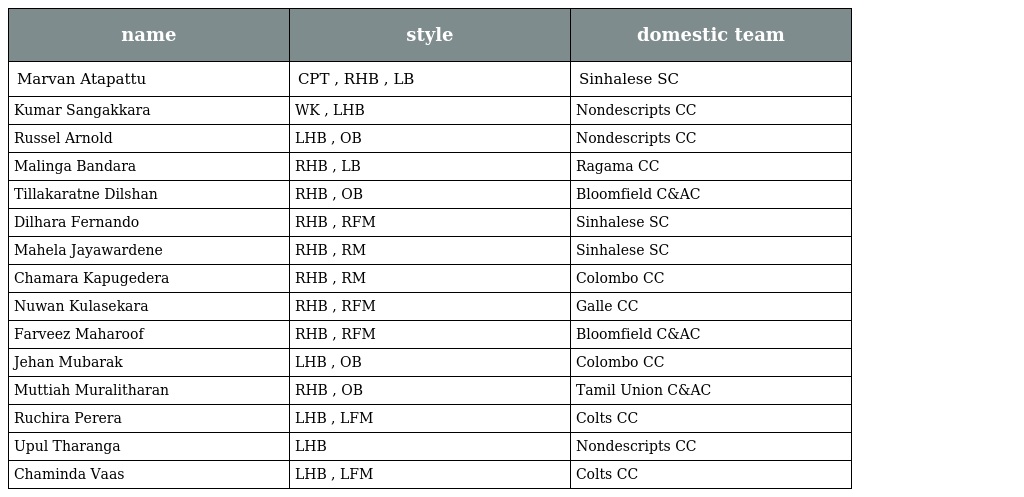
| name | style | domestic team |
 | --- | --- | --- |
 | Marvan Atapattu | CPT , RHB , LB | Sinhalese SC |
 | Kumar Sangakkara | WK , LHB | Nondescripts CC |
 | Russel Arnold | LHB , OB | Nondescripts CC |
 | Malinga Bandara | RHB , LB | Ragama CC |
 | Tillakaratne Dilshan | RHB , OB | Bloomfield C&AC |
 | Dilhara Fernando | RHB , RFM | Sinhalese SC |
 | Mahela Jayawardene | RHB , RM | Sinhalese SC |
 | Chamara Kapugedera | RHB , RM | Colombo CC |
 | Nuwan Kulasekara | RHB , RFM | Galle CC |
 | Farveez Maharoof | RHB , RFM | Bloomfield C&AC |
 | Jehan Mubarak | LHB , OB | Colombo CC |
 | Muttiah Muralitharan | RHB , OB | Tamil Union C&AC |
 | Ruchira Perera | LHB , LFM | Colts CC |
 | Upul Tharanga | LHB | Nondescripts CC |
 | Chaminda Vaas | LHB , LFM | Colts CC |